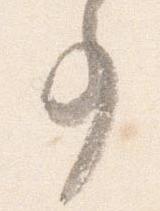
事